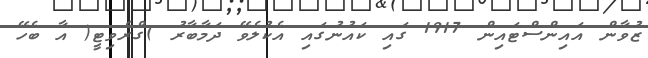
ޒުވާން އައިންސްޓައިން 1917 ގައި ކައުނުގައި އެކުލެވޭ ދަމާބާރު )ގްރެވިޓީ( އާ ބެހޭ